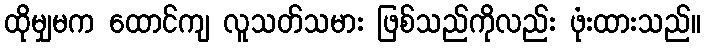
ထိုမျှမက ထောင်ကျ လူသတ်သမား ဖြစ်သည်ကိုလည်း ဖုံးထားသည်။